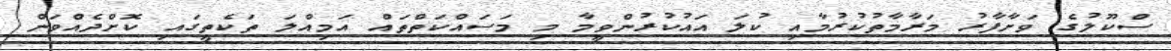
ސްކޫލުގެ ވަށާފާރު މަރާމާތުކުރުމާއި ކުލަ އައުކުރުންވީމާ މި މަސައްކަތްތައް އަމިއްލަ ތަކެތީގައި ކޮށްދެއްވަން